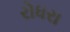
રોધરા